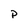
Character: P